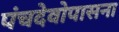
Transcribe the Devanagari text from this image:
पंचदेवोपासना